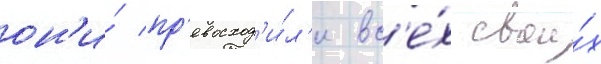
он'и́ пр'евосход'и́л'и вс'е́х свои́х